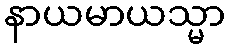
နာယမာယသ္မာ